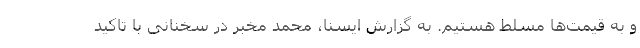
و به قیمت‌ها مسلط هستیم. به گزارش ایسنا، محمد مخبر در سخنانی با تاکید